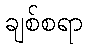
ချစ်စရာ